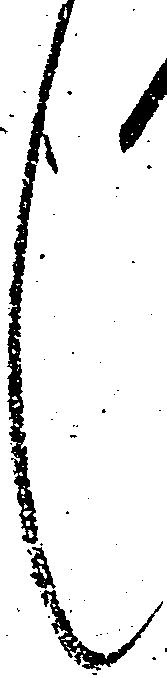
々